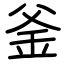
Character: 釜